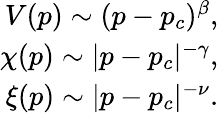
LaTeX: \begin{array}{r}{V(p)\sim(p-p_{c})^{\beta},}\\ {\chi(p)\sim|p-p_{c}|^{-\gamma},}\\ {\xi(p)\sim|p-p_{c}|^{-\nu}.}\end{array}